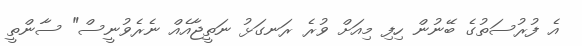
އެ ފުރުސަތުގެ ބޭނުން ހިފި މިއަށް ވުރެ ރަނގަޅު ނަތީޖާއެއް ނެރެވުނީސް" ސާންތީ